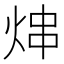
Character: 𬊑